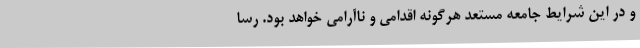
و در این شرایط جامعه مستعد هرگونه اقدامی و ناآرامی خواهد بود. رسا